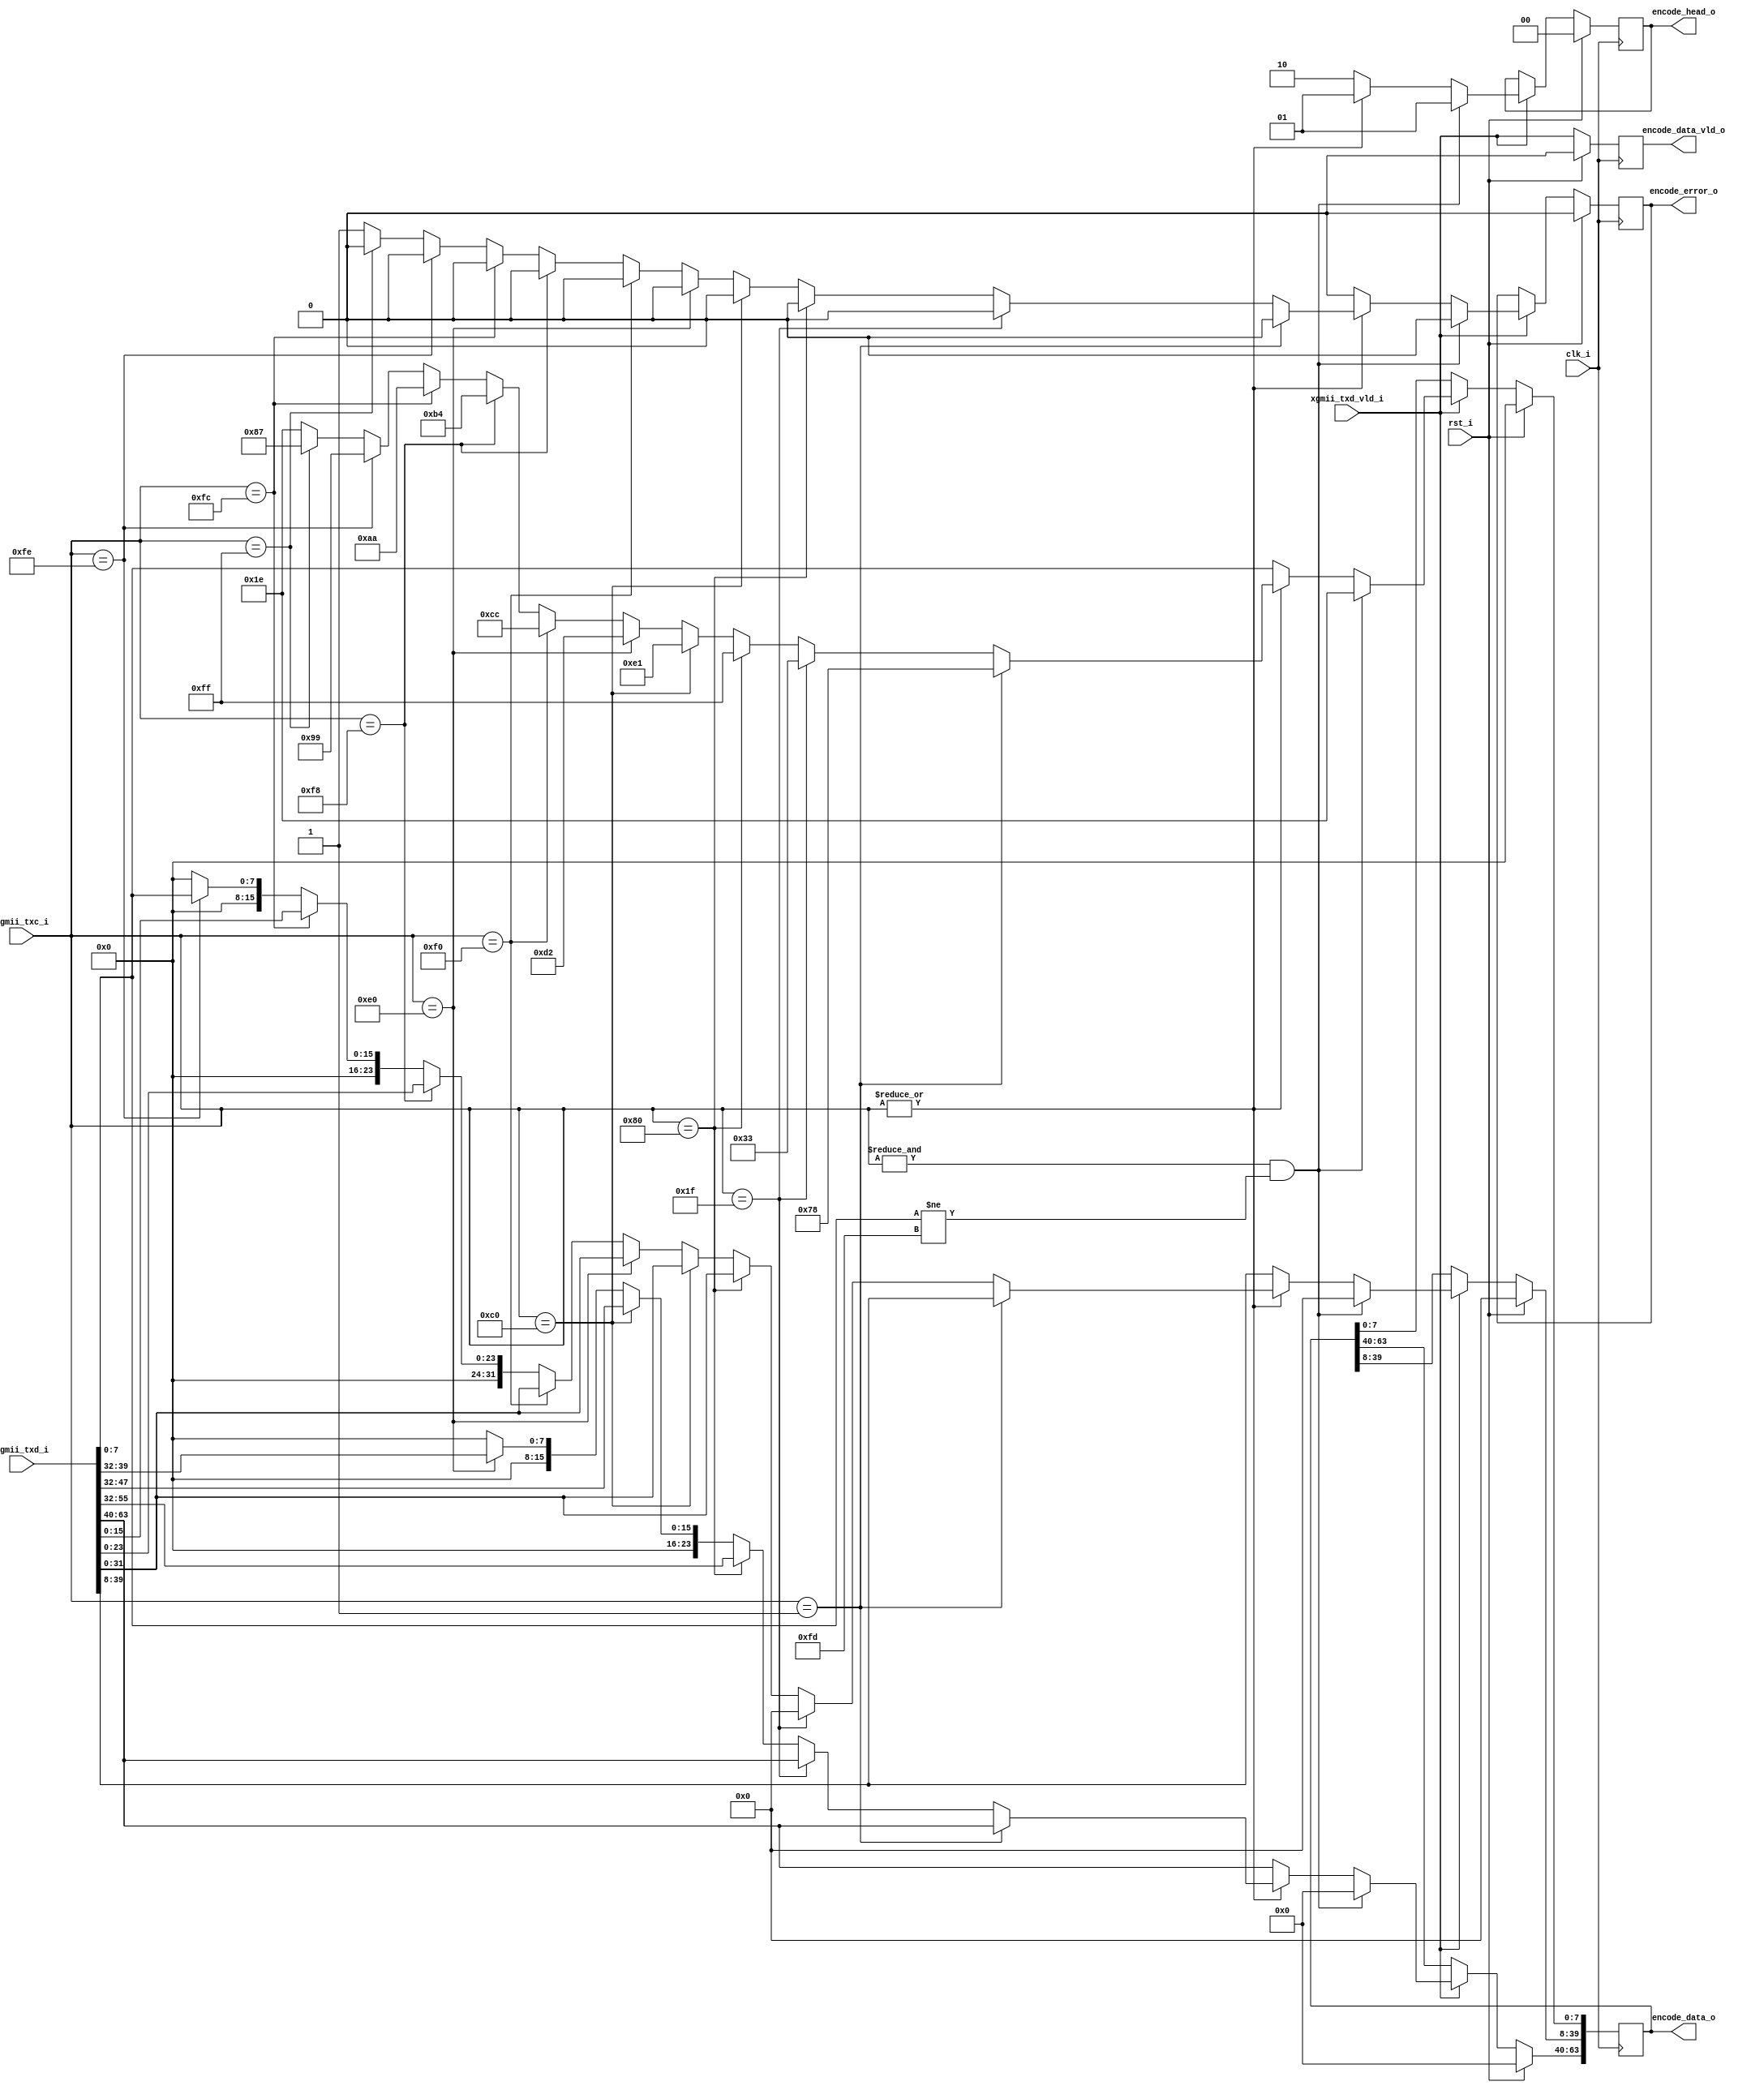
///////////////////////////////////////////////////////////////////////////////
//
// description:
//   connect to gtx
//   when got unknown xgmii_txc from xgmii, report 'encode_error_o' back,
//   and send all idle to phy
///////////////////////////////////////////////////////////////////////////////

`timescale 1ns/100ps

module encode_64b_66b(
    input           clk_i,              // Freq = 156.25*2
    input           rst_i,

    input   [63:0]  xgmii_txd_i,
    input   [ 7:0]  xgmii_txc_i,
    input           xgmii_txd_vld_i,    // xgmii txd valid
    output          encode_error_o,

    output  [63:0]  encode_data_o,
    output  [ 1:0]  encode_head_o,
    output          encode_data_vld_o   // encode data valid
);

///////////////////////////////////////////////////////////////////////////////
//                       register
///////////////////////////////////////////////////////////////////////////////
    reg     [63:0]      r_encode_data_d1;
    reg     [ 1:0]      r_encode_head_d1;
    reg                 r_encode_vld_d1;
    reg                 r_encode_error_d1;
    reg                 r_debug;
///////////////////////////////////////////////////////////////////////////////
//                         body
///////////////////////////////////////////////////////////////////////////////
    always @(posedge clk_i) begin
        if(rst_i == 1'b1) begin
            r_encode_data_d1        <= 64'h0;
            r_encode_head_d1        <= 2'h0;
            r_encode_vld_d1         <= 1'b0;
            r_encode_error_d1       <= 1'b0;
            r_debug                 <= 1'b0;
        end else begin
            r_encode_vld_d1         <= xgmii_txd_vld_i;
            if(xgmii_txd_vld_i) begin
                r_encode_error_d1       <= 1'b0;
                if(&xgmii_txc_i && xgmii_txd_i[7:0] != 8'hfd) begin// column of idles
                    
                    // if(r_debug) begin
                    //     r_encode_data_d1        <= 64'h0102030405060708;
                    //     r_debug                 <= 1'b0;
                    // end else begin
                    //     r_encode_data_d1        <= 64'h00000000ffffffff;
                    //     r_debug                 <= 1'b1;
                    // end
                    r_encode_data_d1        <= 64'h00000000_0000001E;
                    r_encode_head_d1        <= 2'b01;
                end else if(|xgmii_txc_i) begin
                    r_encode_head_d1        <= 2'b01;
                    if(xgmii_txc_i == 8'h01) begin// start code
                        r_encode_data_d1[7:0]   <= 8'h78;
                        r_encode_data_d1[63:8]  <= xgmii_txd_i[63:8];
                    end else if(xgmii_txc_i == 8'h1f) begin // start code
                        r_encode_data_d1[7:0]   <= 8'h33;
                        r_encode_data_d1[39:8]  <= 32'h0;
                        r_encode_data_d1[63:40] <= xgmii_txd_i[63:40];
                    end else if(xgmii_txc_i == 8'h80) begin // end code 7
                        r_encode_data_d1[7:0]   <= 8'hff;
                        r_encode_data_d1[63:8]  <= xgmii_txd_i[55:0];
                    end else if(xgmii_txc_i == 8'hc0) begin // end code 6
                        r_encode_data_d1[7:0]   <= 8'he1;
                        r_encode_data_d1[63:8]  <= {8'h00, xgmii_txd_i[47:0]};
                    end else if(xgmii_txc_i == 8'he0) begin // end code 5
                        r_encode_data_d1[7:0]   <= 8'hd2;
                        r_encode_data_d1[63:8]  <= {16'h00, xgmii_txd_i[39:0]};
                    end else if(xgmii_txc_i == 8'hf0) begin // end code 4
                        r_encode_data_d1[7:0]   <= 8'hcc;
                        r_encode_data_d1[63:8]  <= {24'h00, xgmii_txd_i[31:0]};
                    end else if(xgmii_txc_i == 8'hf8) begin // end code 3
                        r_encode_data_d1[7:0]   <= 8'hb4;
                        r_encode_data_d1[63:8]  <= {32'h00, xgmii_txd_i[23:0]};
                    end else if(xgmii_txc_i == 8'hfc) begin // end code 2
                        r_encode_data_d1[7:0]   <= 8'haa;
                        r_encode_data_d1[63:8]  <= {40'h00, xgmii_txd_i[15:0]};
                    end else if(xgmii_txc_i == 8'hfe) begin // end code 1
                        r_encode_data_d1[7:0]   <= 8'h99;
                        r_encode_data_d1[63:8]  <= {48'h00, xgmii_txd_i[7:0]};
                    end else if(xgmii_txc_i == 8'hff) begin // end code 0
                        r_encode_data_d1[7:0]   <= 8'h87;
                        r_encode_data_d1[63:8]  <= {56'h00};
                    end else begin
                        r_encode_error_d1       <= 1'b1;
                        r_encode_data_d1        <= 64'h00000000001E;
                        r_encode_head_d1        <= 2'b01;
                    end
                end else begin
                    r_encode_head_d1        <= 2'b10;
                    r_encode_data_d1        <= xgmii_txd_i;
                end
            end
        end
    end

    assign  encode_data_o   = r_encode_data_d1;
    assign  encode_head_o   = r_encode_head_d1;
    assign  encode_data_vld_o   = r_encode_vld_d1;
    assign  encode_error_o  = r_encode_error_d1;

endmodule